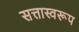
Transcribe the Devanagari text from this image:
सत्तास्वरूप